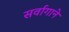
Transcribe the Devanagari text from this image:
सर्वागाने